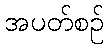
အပတ်စဉ်